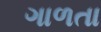
ગાળતા